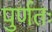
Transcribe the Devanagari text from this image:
पुर्णतः